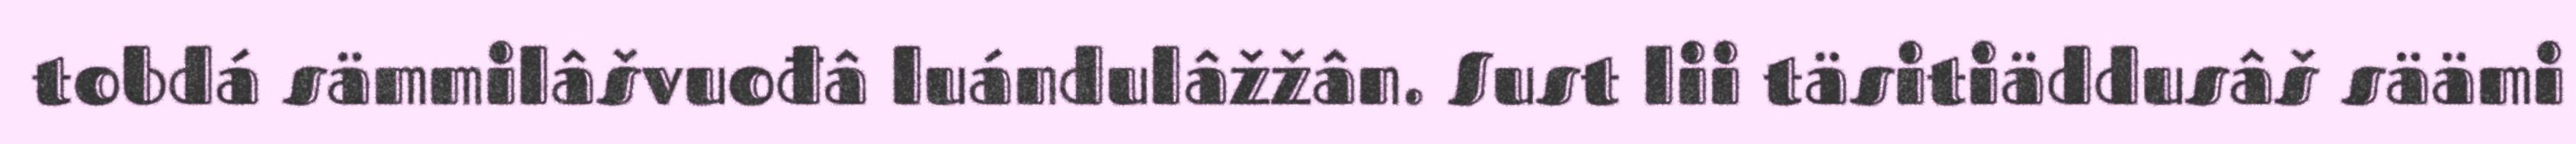
tobdá sämmilâšvuođâ luándulâžžân. Sust lii täsitiäddusâš säämi